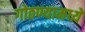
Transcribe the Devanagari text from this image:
गोठण्यामध्ये